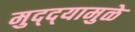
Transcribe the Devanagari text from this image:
मुद्‌द्‌यामुळे